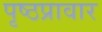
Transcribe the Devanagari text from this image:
पृष्ठप्रावार